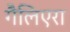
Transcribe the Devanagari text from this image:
गैलिएरा